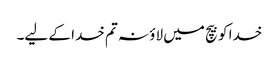
خدا کو بیچ میں لاؤ نہ تم خدا کے لیے۔